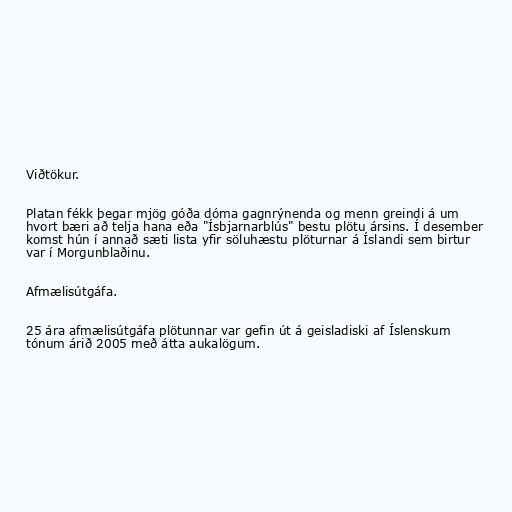
Viðtökur.

Platan fékk þegar mjög góða dóma gagnrýnenda og menn greindi á um
hvort bæri að telja hana eða "Ísbjarnarblús" bestu plötu ársins. Í desember
komst hún í annað sæti lista yfir söluhæstu plöturnar á Íslandi sem birtur
var í Morgunblaðinu.

Afmælisútgáfa.

25 ára afmælisútgáfa plötunnar var gefin út á geisladiski af Íslenskum
tónum árið 2005 með átta aukalögum.